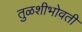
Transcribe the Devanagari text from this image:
तुळशीभोवती